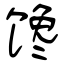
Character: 馋